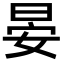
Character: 晏